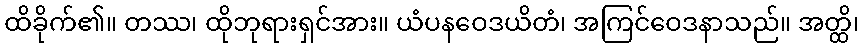
ထိခိုက်၏။ တဿ၊ ထိုဘုရားရှင်အား။ ယံပနဝေဒယိတံ၊ အကြင်ဝေဒနာသည်။ အတ္ထိ၊